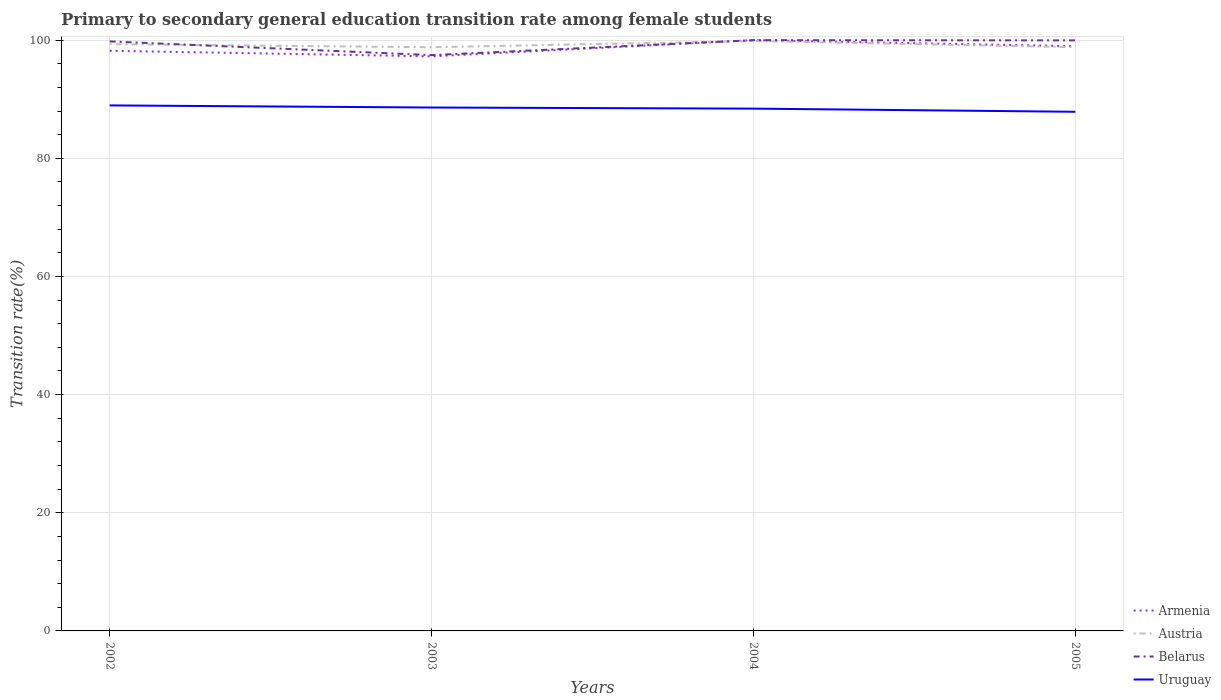
| Years | Armenia | Austria | Belarus | Uruguay |
 | --- | --- | --- | --- | --- |
 | 2002 | 98.2 | 99.3 | 99.8 | 89 |
 | 2003 | 97.3 | 98.8 | 97.5 | 88.6 |
 | 2004 | 100 | 99.9 | 100 | 88.4 |
 | 2005 | 99 | 98.8 | 100 | 87.9 |